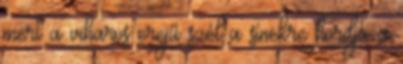
mert a viharos erejű szél a sínekre hordja a